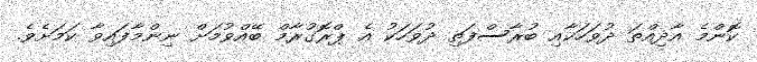
ކޮންމެ އާދިއްތަ ދުވަހަކާއި ބުރާސްފަތި ދުވަހަކު އެ ޕްރޮގުރާމް ބޭއްވުމަށް ނިންމާފައިވާ ކަމަށެވެ.